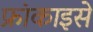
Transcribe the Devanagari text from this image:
फ्रांकाइसे